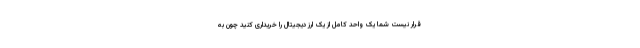
قرار نیست شما یک واحد کامل از یک ارز دیجیتال را خریداری کنید چون به